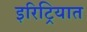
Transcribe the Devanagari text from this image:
इरिट्रियात